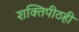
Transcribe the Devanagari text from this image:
शक्तिपीठही